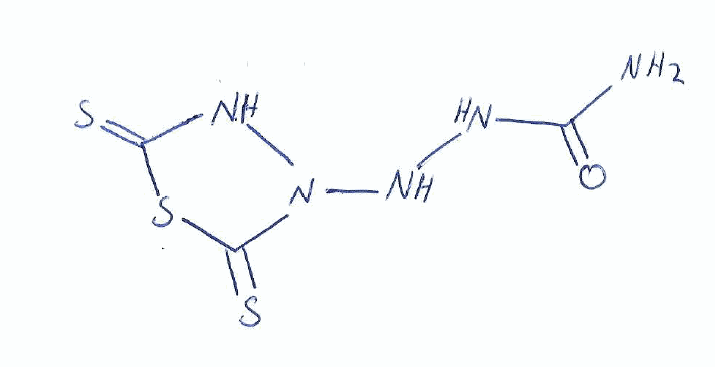
Simplified molecular-input line-entry system (SMILES) notation of the given molecule:
C1(=S)NN(C(=S)S1)NNC(=O)N